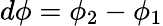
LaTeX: d\phi=\phi_{2}-\phi_{1}